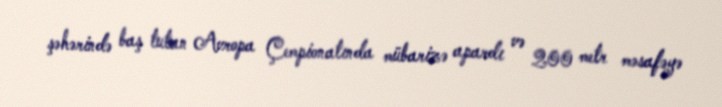
şəhərində baş tutan Avropa Çempionatında mübarizə apardı və 200 metr məsafəyə